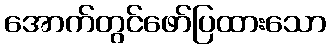
အောက်တွင်ဖော်ပြထားသော